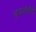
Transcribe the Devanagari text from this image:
व्हयालीडीटी